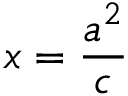
x = { \frac { a ^ { 2 } } { c } }